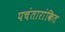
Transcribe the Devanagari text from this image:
पचंतारांकित